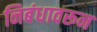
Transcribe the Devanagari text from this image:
निबंधावरून